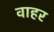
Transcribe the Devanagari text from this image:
वाहर